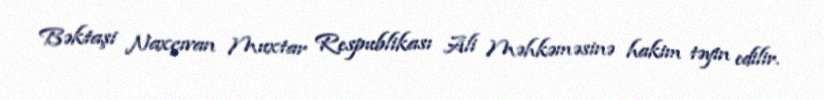
Bəktaşi Naxçıvan Muxtar Respublikası Ali Məhkəməsinə hakim təyin edilir.